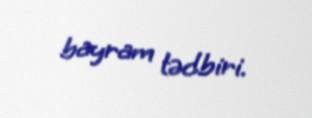
bayram tədbiri.